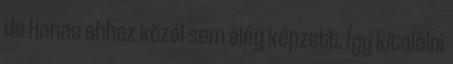
de Hanae ehhez közel sem elég képzett. Így kitalálni